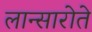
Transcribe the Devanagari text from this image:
लान्सारोते